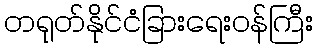
တရုတ်နိုင်ငံခြားရေးဝန်ကြီး